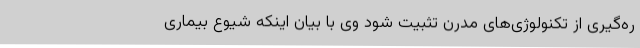
ره‌گیری از تکنولوژی‌های مدرن تثبیت شود وی با بیان اینکه شیوع بیماری